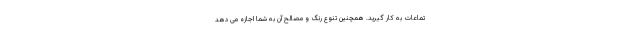
تماعات به کار گیرید. همچنین تنوع رنگ و مصالح آن به شما اجازه می دهد